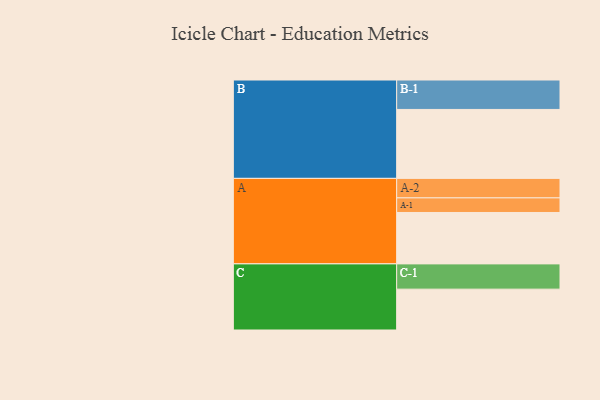
{"axis": {"x": "Segment", "y": "Value"}, "legend": ["", "A", "B", "C"], "data": [{"x": "A", "y": 419, "type": ""}, {"x": "B", "y": 562, "type": ""}, {"x": "C", "y": 333, "type": ""}, {"x": "A-1", "y": 119, "type": "A"}, {"x": "A-2", "y": 159, "type": "A"}, {"x": "B-1", "y": 240, "type": "B"}, {"x": "C-1", "y": 206, "type": "C"}]}